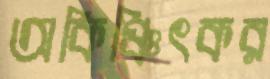
অকিঞ্চিৎকর